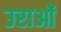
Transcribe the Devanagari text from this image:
उराओं